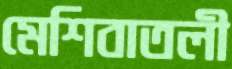
মেশিবাতলী